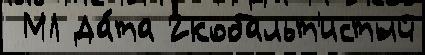
 МЛ Да́та 2кобальт'истый